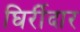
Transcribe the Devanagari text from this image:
घिर्रीदार